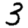
Digit: 3